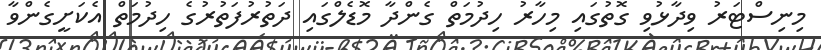
މިނިސްޓަރު ވިދާޅުވި ގޮތުގައި މިހާރު ހިދުމަތް ގެންދާ މޮޑެލްގައި ދަތުރުފަތުރުގެ ހިދުމަތް އެކަށީގެންވާ